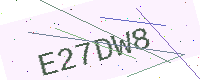
Text: E27DW8